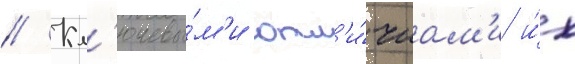
// Кл'ючевы́м'и отл'и́чиам'и и́х